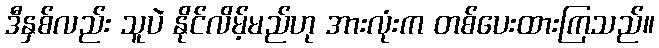
ဒီနှစ်လည်း သူပဲ နိုင်လိမ့်မည်ဟု အားလုံးက တစ်ပေးထားကြသည်။